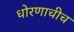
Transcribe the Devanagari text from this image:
धोरणाचीच